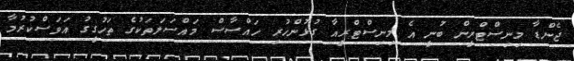
ޖެންޑާ މިނިސްޓްރީން ބުނީ އެ މިނިސްޓްރީއާ ގުޅުންހުރި ހައްސާސް މައްސަލަތަކުގެ ތަހުގީގު އަވަސްކުރުމާ